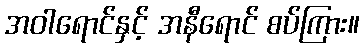
အဝါရောင်နှင့် အနီရောင် စပ်ကြား။